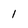
Character: I